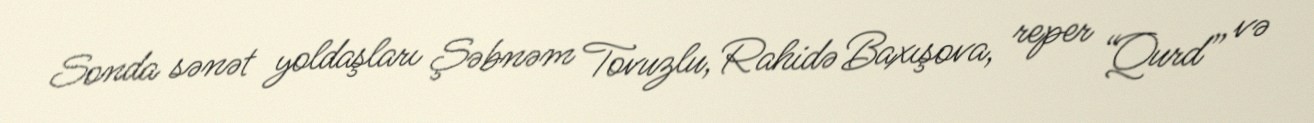
Sonda sənət yoldaşları Şəbnəm Tovuzlu, Rahidə Baxışova, reper “Qurd” və